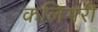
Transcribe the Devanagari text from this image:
कलिगरी